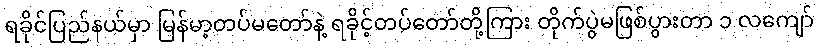
ရခိုင်ပြည်နယ်မှာ မြန်မာ့တပ်မတော်နဲ့ ရခိုင့်တပ်တော်တို့ကြား တိုက်ပွဲမဖြစ်ပွားတာ ၁ လကျော်